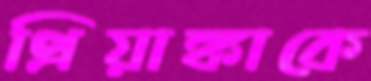
প্রিয়াঙ্কাকে